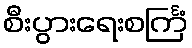
စီးပွားရေးစင်္ကြံ